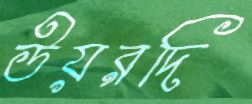
উয়রদি